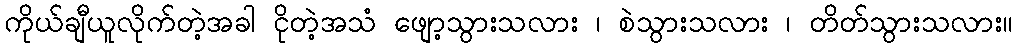
ကိုယ်ချီယူလိုက်တဲ့အခါ ငိုတဲ့အသံ ဖျော့သွားသလား ၊ စဲသွားသလား ၊ တိတ်သွားသလား။